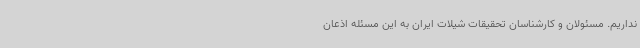
نداریم. مسئولان و کارشناسان تحقیقات شیلات ایران به این مسئله اذعان